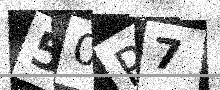
Text: 50P7